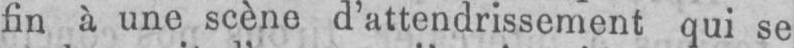
fin à une scène d’attendrissement qui se